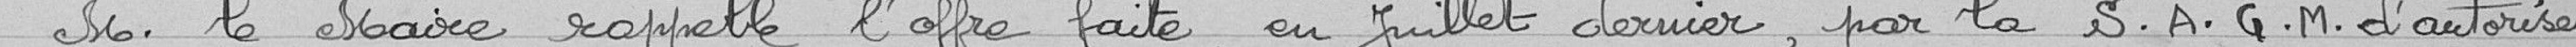
Monsieur le Maire rappelle l'offre faite, en juillet dernier , par la Société Alsacienne de Constructions Mécaniques d'autoriser